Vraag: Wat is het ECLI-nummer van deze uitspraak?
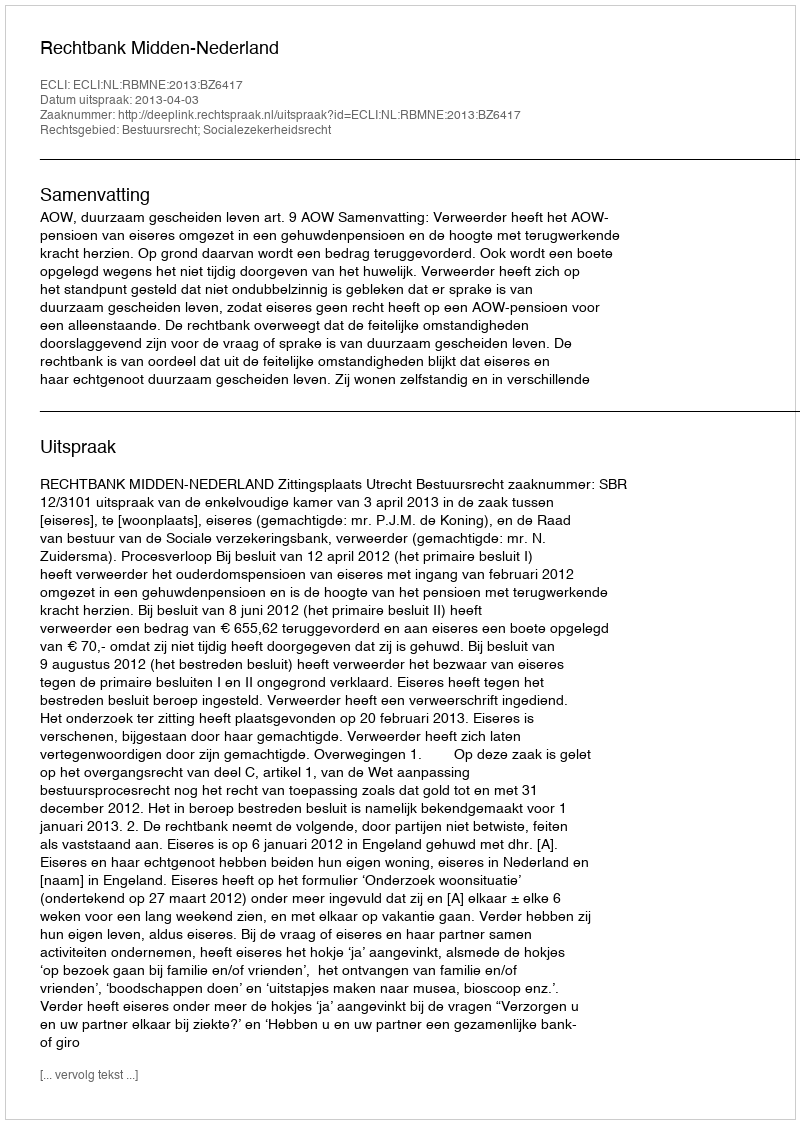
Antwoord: ECLI:NL:RBMNE:2013:BZ6417